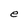
Character: e